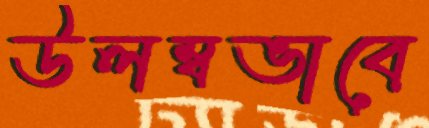
উলম্বভাবে